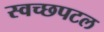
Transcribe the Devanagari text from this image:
स्वच्छपटल